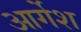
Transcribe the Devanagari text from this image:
आर्गेश